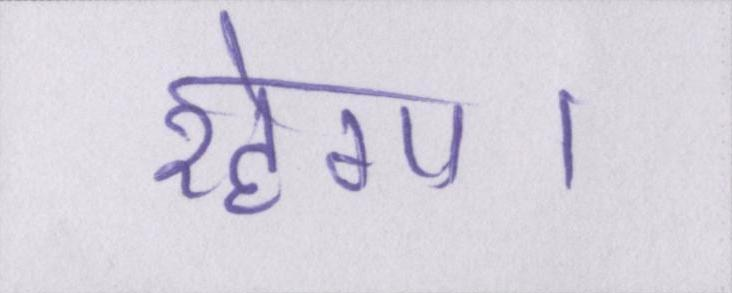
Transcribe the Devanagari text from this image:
रहेगा।